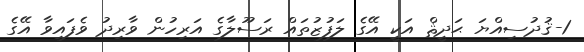
1-ޤުދުސިއްޔަ ޙަދީޘް އަކީ އޭގެ ލަފުޒުތައް ރަސޫލާގެ އަރިހުން ވާރިދު ވެފައިވާ އޭގެ